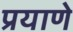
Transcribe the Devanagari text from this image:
प्रयाणे